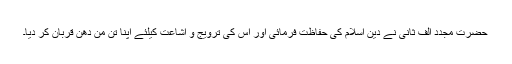
حضرت مجدد الف ثانیؒ نے دین اسلام کی حفاظت فرمائی اور اس کی ترویج و اشاعت کیلئے اپنا تن من دھن قربان کر دیا۔